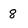
Character: 8